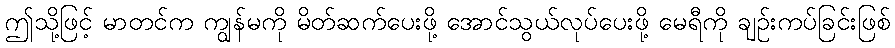
ဤသို့ဖြင့် မာတင်က ကျွန်မကို မိတ်ဆက်ပေးဖို့ အောင်သွယ်လုပ်ပေးဖို့ မေရီကို ချဉ်းကပ်ခြင်းဖြစ်